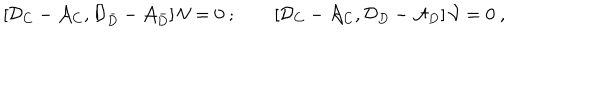
\left[ { \cal D } _ { C } - { \cal A } _ { C } , { \cal D } _ { \bar { D } } - { \cal A } _ { \bar { D } } \right] { \cal V } = 0 \ ; \qquad \left[ { \cal D } _ { C } - { \cal A } _ { C } , { \cal D } _ { D } - { \cal A } _ { D } \right] { \cal V } = 0 \ ,